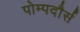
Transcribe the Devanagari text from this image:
पोम्पदौर्स